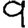
Digit: 9